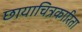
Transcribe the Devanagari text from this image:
छायाचित्रकारिता